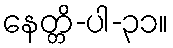
နေတ္တိ-ပါ-၃၁။